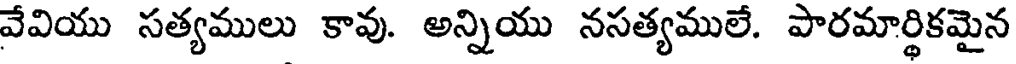
వేవియు సత్యములు కావు. అన్నియు నసత్యములే. పారమార్థికమైన